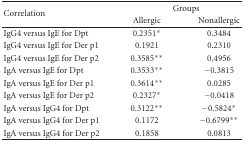
<table><thead><tr><td rowspan="2"><b>Correlation</b></td><td colspan="2"><b>Groups</b></td></tr><tr><td><b>Allergic</b></td><td><b>Nonallergic</b></td></tr></thead><tbody><tr><td>IgG4 versus IgE for Dpt</td><td> 0.2351*</td><td> 0.3484</td></tr><tr><td>IgG4 versus IgE for Der p1</td><td>0.1921</td><td> 0.2310</td></tr><tr><td>IgG4 versus IgE for Der p2</td><td> 0.3585**</td><td> 0.4956</td></tr><tr><td>IgA versus IgE for Dpt</td><td> 0.3533**</td><td>−0.3815</td></tr><tr><td>IgA versus IgE for Der p1</td><td> 0.3614**</td><td> 0.0285</td></tr><tr><td>IgA versus IgE for Der p2</td><td> 0.2327*</td><td>−0.0418</td></tr><tr><td>IgA versus IgG4 for Dpt</td><td> 0.3122**</td><td> −0.5824*</td></tr><tr><td>IgA versus IgG4 for Der p1</td><td>0.1172</td><td> −0.6799**</td></tr><tr><td>IgA versus IgG4 for Der p2</td><td>0.1858</td><td> 0.0813</td></tr></tbody></table>